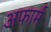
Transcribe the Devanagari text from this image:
अफार्म